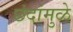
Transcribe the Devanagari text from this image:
छंदांमुळे